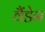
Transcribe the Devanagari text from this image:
वैंडेन